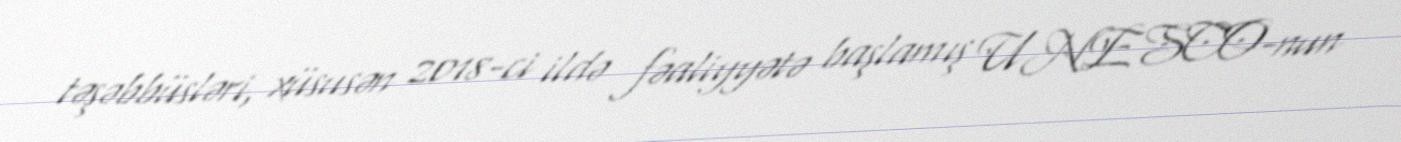
təşəbbüsləri, xüsusən 2018-ci ildə fəaliyyətə başlamış UNESCO-nun